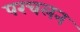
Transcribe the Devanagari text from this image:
परचलन